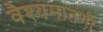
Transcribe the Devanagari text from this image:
वैश्यमातंगी